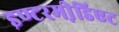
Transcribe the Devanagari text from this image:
इण्टरमी़डिएट